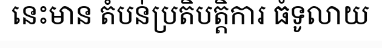
នេះមាន តំបន់ប្រតិបត្តិការ ធំទូលាយ